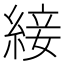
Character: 𦁉